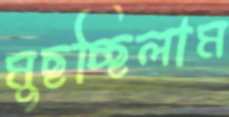
মুছচ্ছিলাম